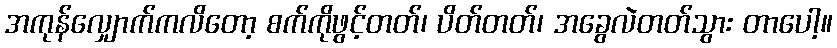
အကုန်လျှောက်ကလိတော့ စက်ကိုဖွင့်တတ်၊ ပိတ်တတ်၊ အခွေလဲတတ်သွား တာပေါ့။